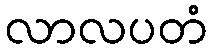
လာလပတံ